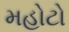
મહોટો